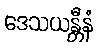
ဒေသယန္တီနံ